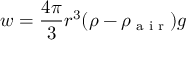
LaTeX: { \boldsymbol { w } } = { \frac { 4 \pi } { 3 } } r ^ { 3 } ( \rho - \rho _ { \textrm { a i r } } ) { \boldsymbol { g } }